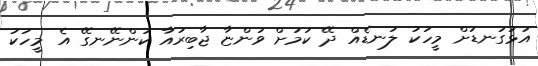
އަޅުގަނޑަށް މީހަކު ލަނޑެއް ދޭ ކަމަށް ވަންޏާ ޖާބިރުއާ ކަންނޭނގޭ އެ މީހަކު